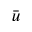
\bar { u }